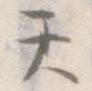
て